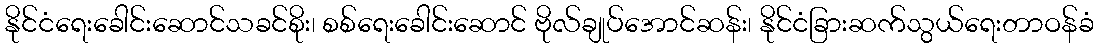
နိုင်ငံရေးခေါင်းဆောင်သခင်စိုး၊ စစ်ရေးခေါင်းဆောင် ဗိုလ်ချုပ်အောင်ဆန်း၊ နိုင်ငံခြားဆက်သွယ်ရေးတာဝန်ခံ